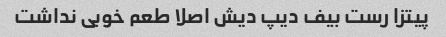
پیتزا رست بیف دیپ دیش اصلا طعم خوبی نداشت